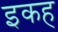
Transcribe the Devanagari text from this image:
इकह